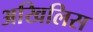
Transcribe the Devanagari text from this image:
अखिलिस